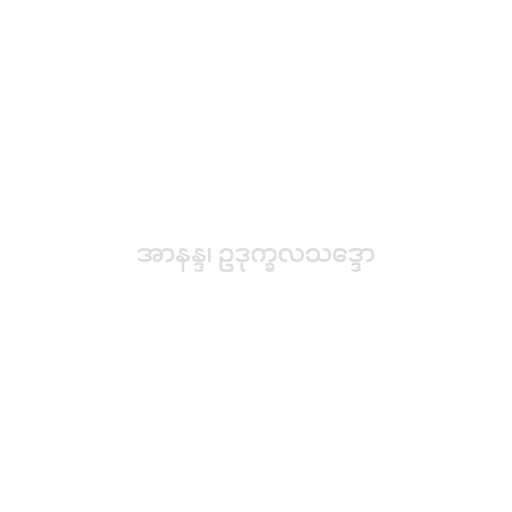
အာနန္ဒ၊ ဥဒုက္ခလသဒ္ဒော